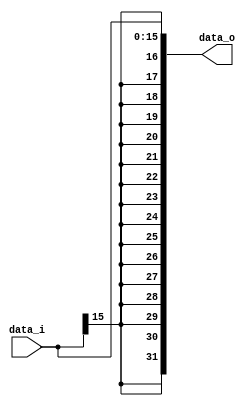
//a 0516327
//Subject:     CO project 2 - Sign extend
//--------------------------------------------------------------------------------
//Version:     1
//--------------------------------------------------------------------------------
//Writer:      
//----------------------------------------------
//Date:        
//----------------------------------------------
//Description: 
//--------------------------------------------------------------------------------

module Sign_Extend(
    data_i,
    data_o
    );

input   [16-1:0] data_i;
output  [32-1:0] data_o;

assign data_o = {data_i[15], data_i[15], data_i[15], data_i[15], data_i[15], data_i[15], data_i[15], data_i[15],
                 data_i[15], data_i[15], data_i[15], data_i[15], data_i[15], data_i[15], data_i[15], data_i[15],
                 data_i[15], data_i[14], data_i[13], data_i[12], data_i[11], data_i[10], data_i[ 9], data_i[ 8],
                 data_i[ 7], data_i[ 6], data_i[ 5], data_i[ 4], data_i[ 3], data_i[ 2], data_i[ 1], data_i[ 0]}; 
          
endmodule